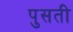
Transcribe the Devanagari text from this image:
पुसती